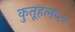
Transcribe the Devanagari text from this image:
कुतूहल५०